Source: Handwritten
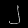
Digit: ၂ (2)